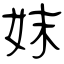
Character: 妺